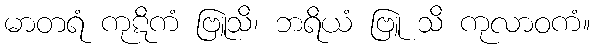
မာတရံ ကုဋိကံ ဗြူသိ၊ ဘရိယံ ဗြူ သိ ကုလာဝကံ။